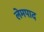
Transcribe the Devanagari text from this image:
लेमपाद